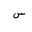
Letter: _sin